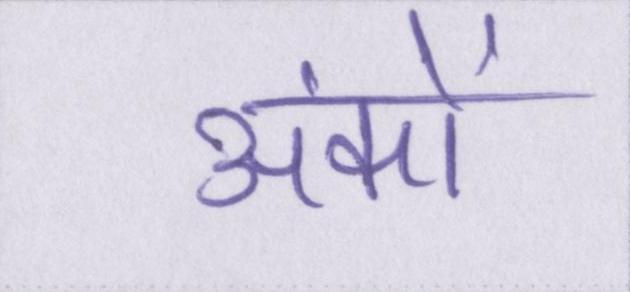
अंकों